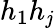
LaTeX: h_{1}h_{\mathit{j}}